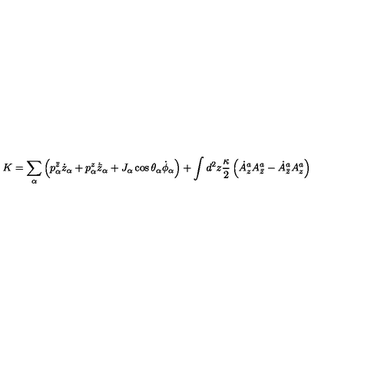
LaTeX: K = \sum _ { \alpha } \left( p _ { \alpha } ^ { \bar { z } } \dot { z } _ { \alpha } + p _ { \alpha } ^ { z } \dot { { \bar { z } } } _ { \alpha } + J _ { \alpha } \cos \theta _ { \alpha } \dot { \phi } _ { \alpha } \right) + \int d ^ { 2 } z { \frac { \kappa } { 2 } } \left( \dot { A } _ { z } ^ { a } A _ { \bar { z } } ^ { a } - \dot { A } _ { \bar { z } } ^ { a } A _ { z } ^ { a } \right)